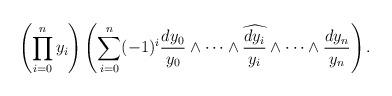
LaTeX: \begin{gather*} \left(\prod_{i=0}^n y_i\right) \left(\sum_{i=0}^n (-1)^{i} \frac{dy_0}{y_0} \wedge \dots \wedge \widehat{\frac{dy_i}{y_i} }\wedge\dots \wedge\frac{dy_n}{y_n} \right).\end{gather*}